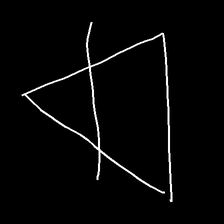
Glyph: empower